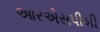
આરએસપીબી